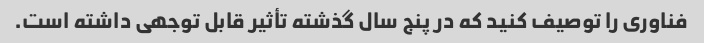
فناوری را توصیف کنید که در پنج سال گذشته تأثیر قابل توجهی داشته است.